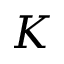
K